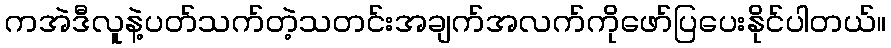
ကအဲဒီလူနဲ့ပတ်သက်တဲ့သတင်းအချက်အလက်ကိုဖော်ပြပေးနိုင်ပါတယ်။